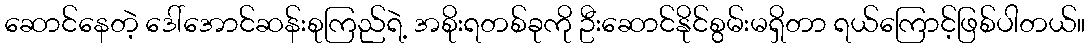
ဆောင်နေတဲ့ ဒေါ်အောင်ဆန်းစုကြည်ရဲ့ အစိုးရတစ်ခုကို ဦးဆောင်နိုင်စွမ်းမရှိတာ ရယ်ကြောင့်ဖြစ်ပါတယ်။